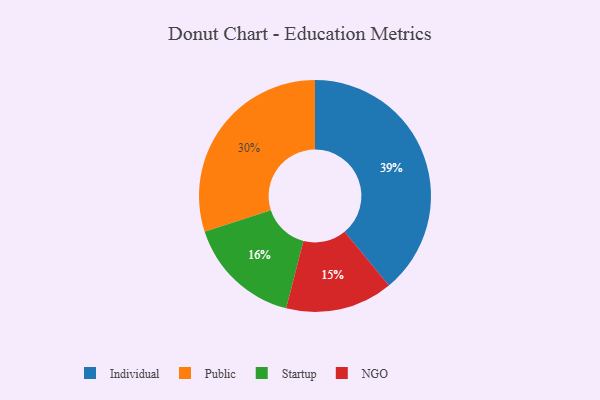
{"axis": {"x": "Category", "y": "Percentage"}, "legend": ["Individual", "NGO", "Public", "Startup"], "data": [{"x": "Public", "y": 30, "type": "Public"}, {"x": "Startup", "y": 16, "type": "Startup"}, {"x": "Individual", "y": 39, "type": "Individual"}, {"x": "NGO", "y": 15, "type": "NGO"}]}